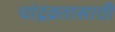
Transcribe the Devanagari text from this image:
चांद्रव्रतासाठी